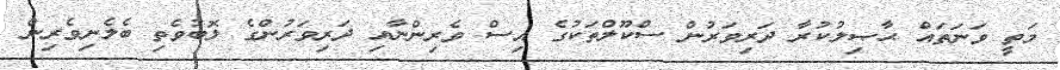
މަތީ ވަނަތައް ޙާޞިލުކުރާ ދަރިވަރުން ސްކޫލްތަކުގެ އިސް ވެރިންނާއި ދަރިވަރުންގެ ލޮބުވެތި ބެލެނިވެރިން